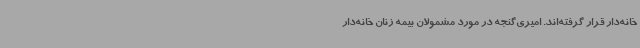
خانه‌دار قرار گرفته‌اند. امیری‌گنجه در مورد مشمولان بیمه زنان خانه‌دار